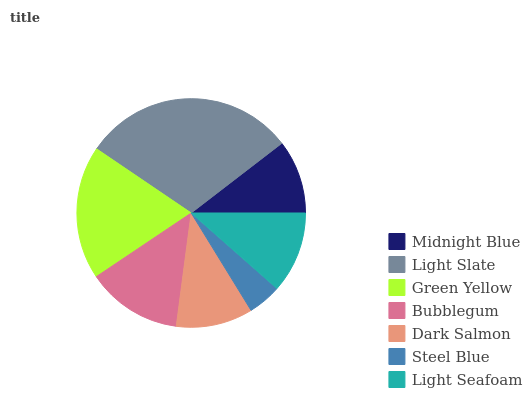
| Midnight Blue | Light Slate | Green Yellow | Bubblegum | Dark Salmon | Steel Blue | Light Seafoam |
 | --- | --- | --- | --- | --- | --- | --- |
 | 10.4% | 30.1% | 18.9% | 13.5% | 10.8% | 4.72% | 11.5% |